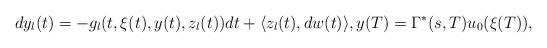
LaTeX: \begin{align*}dy_l(t) = -g_l(t,\xi(t),y(t), z_l(t))dt+ \langle z_l(t),dw(t)\rangle, y(T)= \Gamma^*(s,T)u_{0}(\xi(T)),\end{align*}